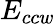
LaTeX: E_{ccw}